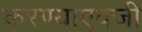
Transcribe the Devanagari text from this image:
करण्याएवजी